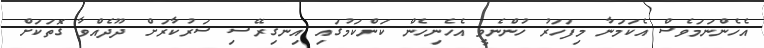
އެހެންނަމަވެސް އެކަމަނާ މިފަހަރު ހުންނެވީ އެހެނިހެން ކަންކަމުގައި އިނގިރޭސި ސަރުކާރަށް ދޫދެއްވާ ގޮތަކަށް